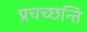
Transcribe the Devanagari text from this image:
प्रचच्छन्ति